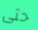
حتى